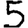
Digit: 5